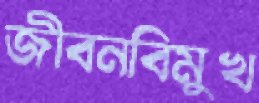
জীবনবিমুখ